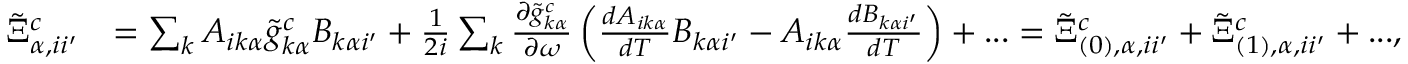
\begin{array} { r l } { \tilde { \Xi } _ { \alpha , i i ^ { \prime } } ^ { c } } & { = \sum _ { k } A _ { i k \alpha } \tilde { g } _ { k \alpha } ^ { c } B _ { k \alpha i ^ { \prime } } + \frac { 1 } { 2 i } \sum _ { k } \frac { \partial \tilde { g } _ { k \alpha } ^ { c } } { \partial \omega } \left( \frac { d A _ { i k \alpha } } { d T } B _ { k \alpha i ^ { \prime } } - A _ { i k \alpha } \frac { d B _ { k \alpha i ^ { \prime } } } { d T } \right) + . . . = \tilde { \Xi } _ { ( 0 ) , \alpha , i i ^ { \prime } } ^ { c } + \tilde { \Xi } _ { ( 1 ) , \alpha , i i ^ { \prime } } ^ { c } + . . . , } \end{array}